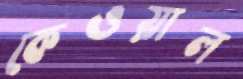
কেওয়াল